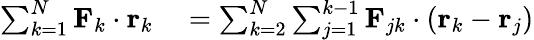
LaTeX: \begin{array}{rl}{\sum_{k=1}^{N}\mathbf{F}_{k}\cdot\mathbf{r}_{k}}&{{}=\sum_{k=2}^{N}\sum_{j=1}^{k-1}\mathbf{F}_{jk}\cdot\left(\mathbf{r}_{k}-\mathbf{r}_{j}\right)}\end{array}